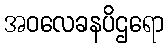
အဝလေခနပိဌရော